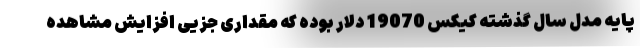
پایه مدل سال گذشته کیکس 19070 دلار بوده که مقداری جزیی افزایش مشاهده